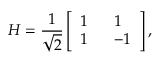
H = \frac { 1 } { \sqrt { 2 } } \left[ \begin{array} { l l } { 1 ~ } & { ~ 1 } \\ { 1 ~ } & { ~ - 1 } \end{array} \right] ,